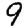
Digit: 9